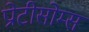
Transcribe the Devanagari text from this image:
प्रोटीसोम्स